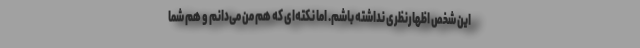
این شخص اظهارنظری نداشته باشم. اما نکته‌ای که هم من می‌دانم و هم شما